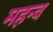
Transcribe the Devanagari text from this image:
महन्व